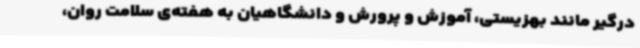
درگیر مانند بهزیستی، آموزش و پرورش و دانشگاهیان به هفته‌ی سلامت روان،